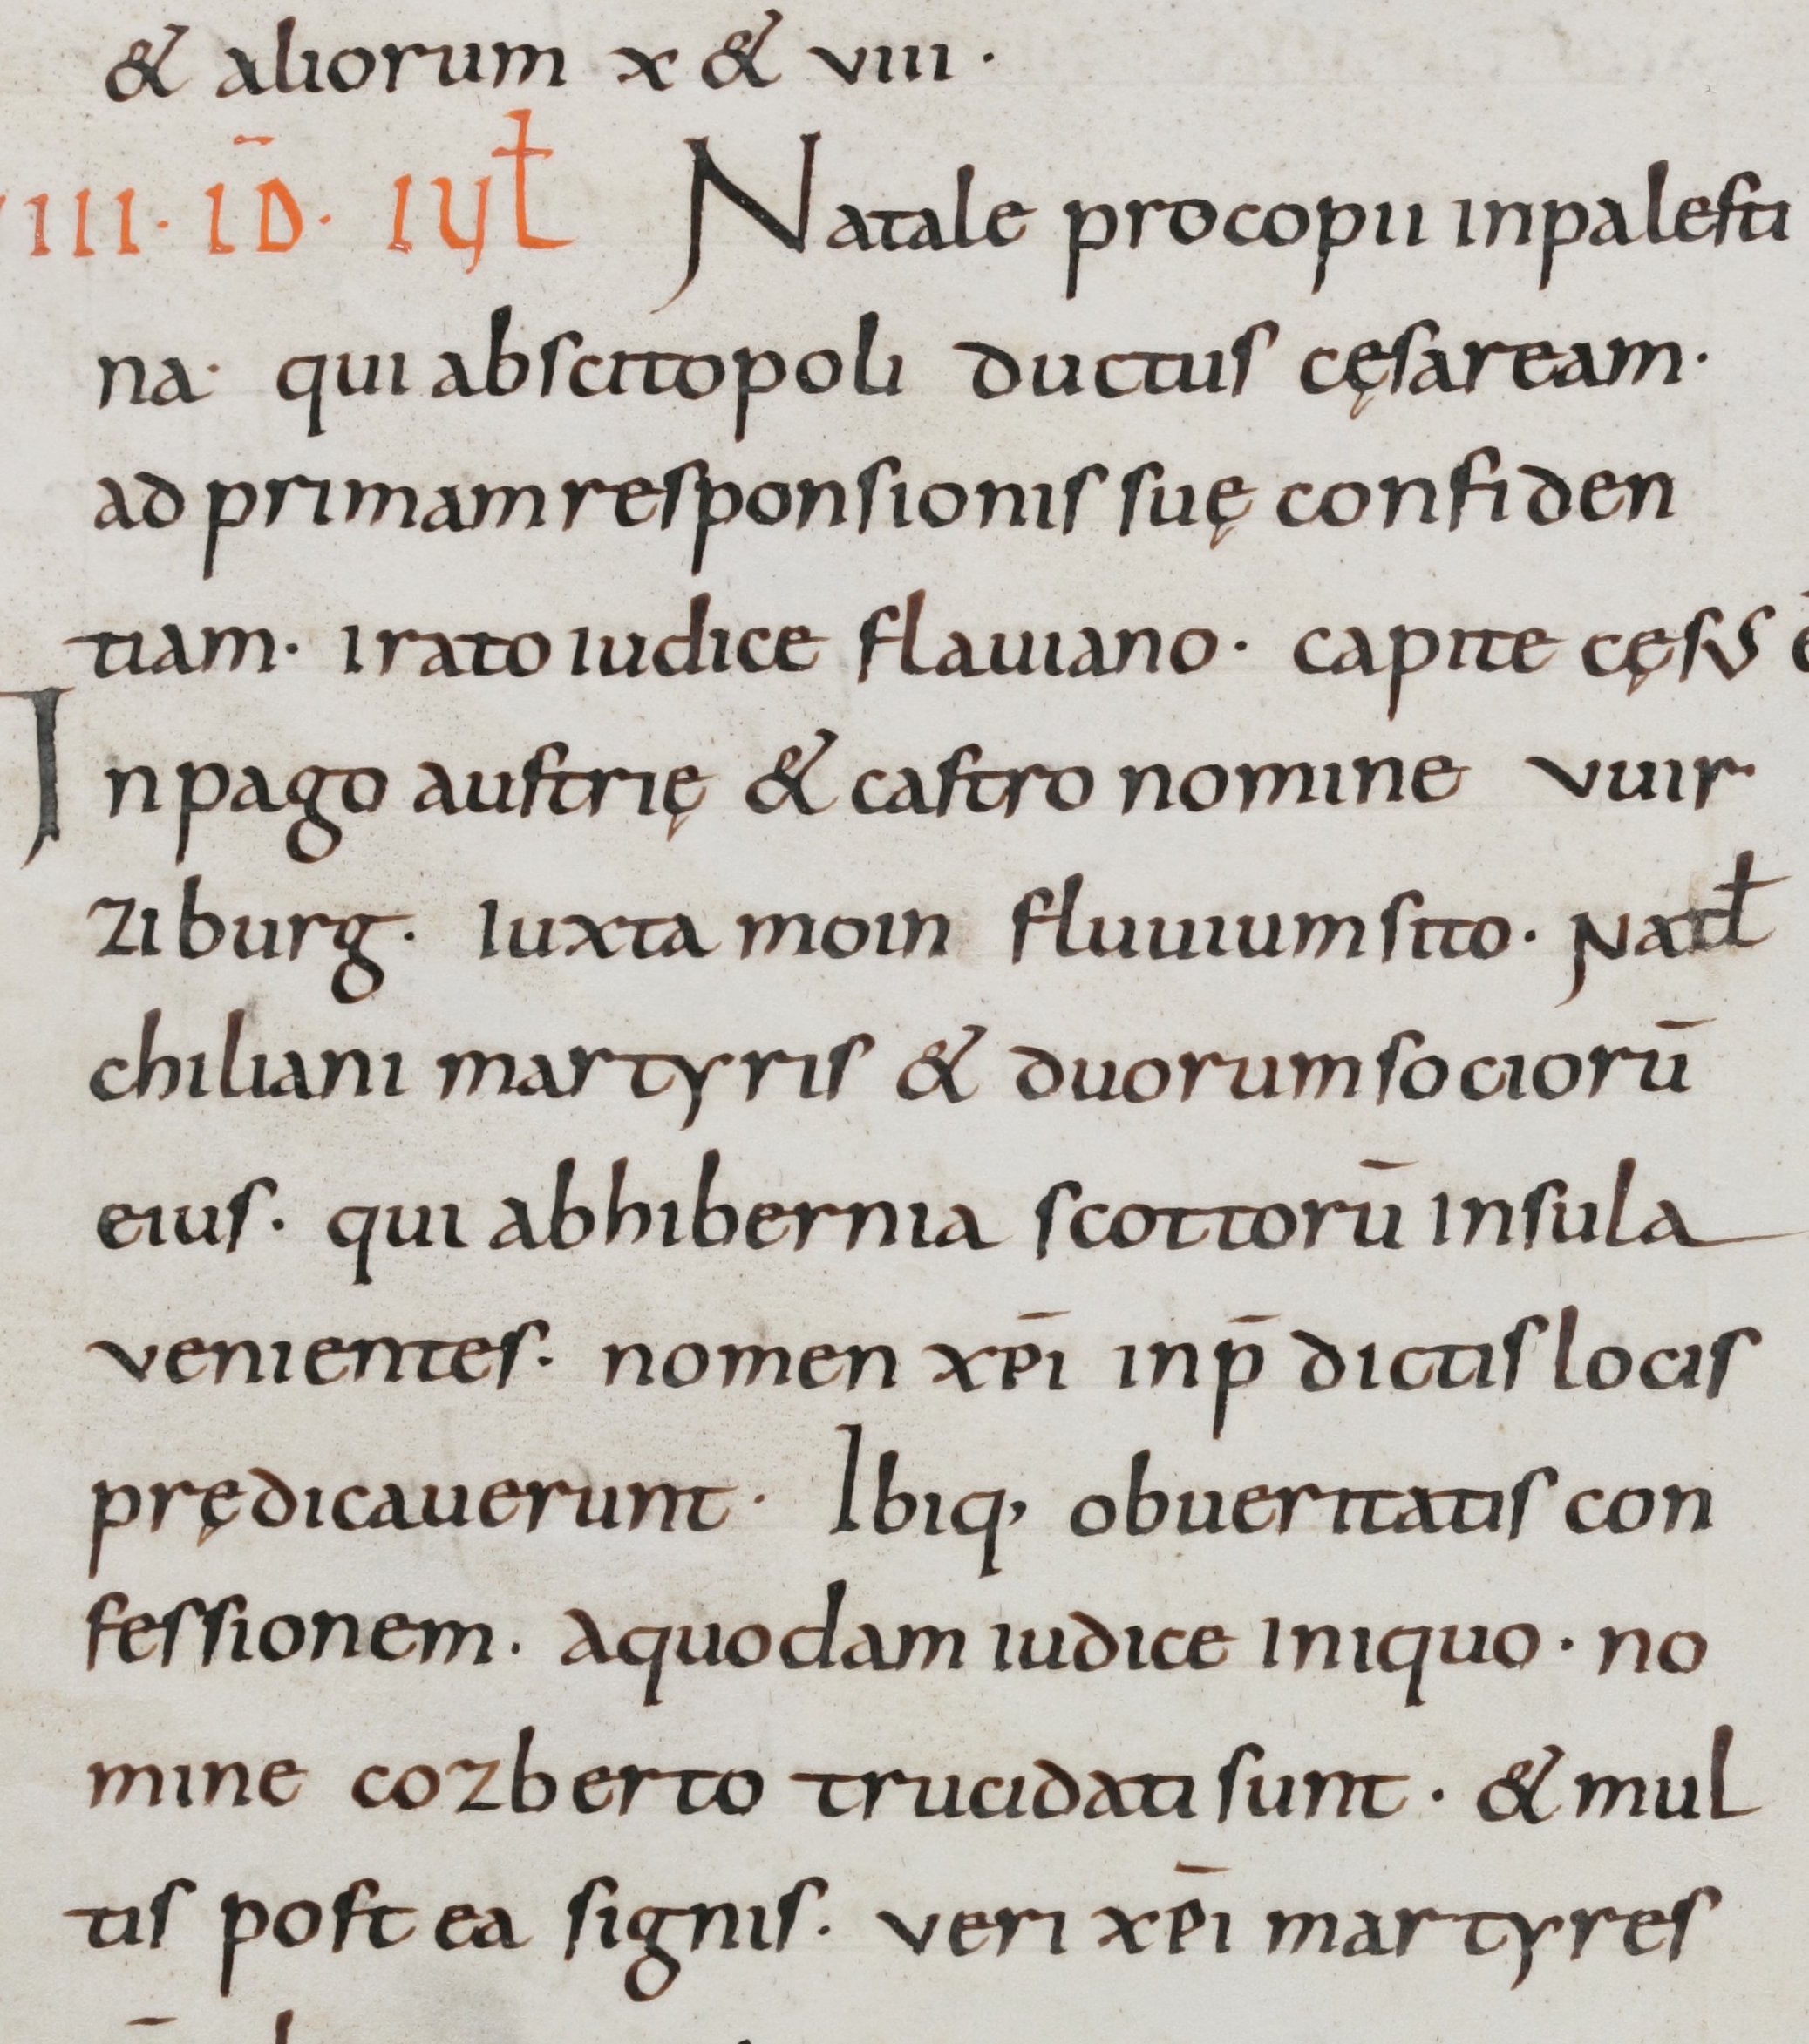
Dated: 800–899